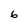
Character: 6